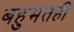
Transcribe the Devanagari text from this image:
बहुमतही